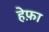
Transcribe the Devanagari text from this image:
हेफ़ा